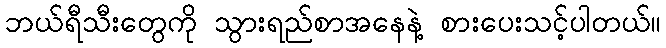
ဘယ်ရီသီးတွေကို သွားရည်စာအနေနဲ့ စားပေးသင့်ပါတယ်။